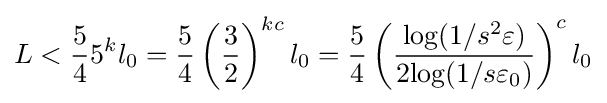
L<{\frac {5}{4}}5^{k}l_{0}={\frac {5}{4}}\left({\frac {3}{2}}\right)^{kc}l_{0}={\frac {5}{4}}\left({\frac {{\text{log}}(1/s^{2}\varepsilon )}{2{\text{log}}(1/s\varepsilon _{0})}}\right)^{c}l_{0}